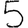
Digit: 5